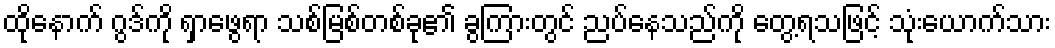
ထိုနောက် ဂွဒ်ကို ရှာဖွေရာ သစ်မြစ်တစ်ခု၏ ခွကြားတွင် ညပ်နေသည်ကို တွေ့ရသဖြင့် သုံးယောက်သား